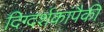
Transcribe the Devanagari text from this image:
दिग्दर्शकांपैकी